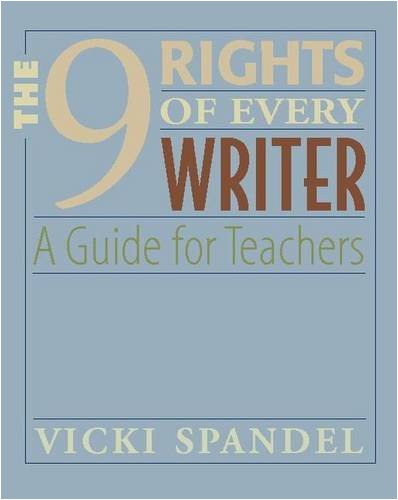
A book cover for The 9 Rights of Every Writer: A Guide for Teachers; Vicki Spandel; Reference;